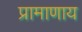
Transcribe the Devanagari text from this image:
प्रामाणाय